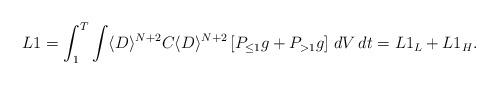
LaTeX: \begin{align*}L1 & = \int_1^T \int \langle D \rangle^{N+2} C \langle D \rangle^{N+2} \left[ P_{\leq 1} g + P_{>1} g \right] \, dV\,dt = L1_L + L1_H.\end{align*}